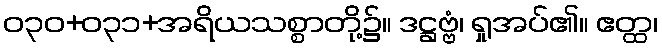
ဝ၃၀+၀၃၁+အရိယသစ္စာတို့၌။ ဒဋ္ဌဗ္ဗံ၊ ရှုအပ်၏။ ဧတ္ထ၊